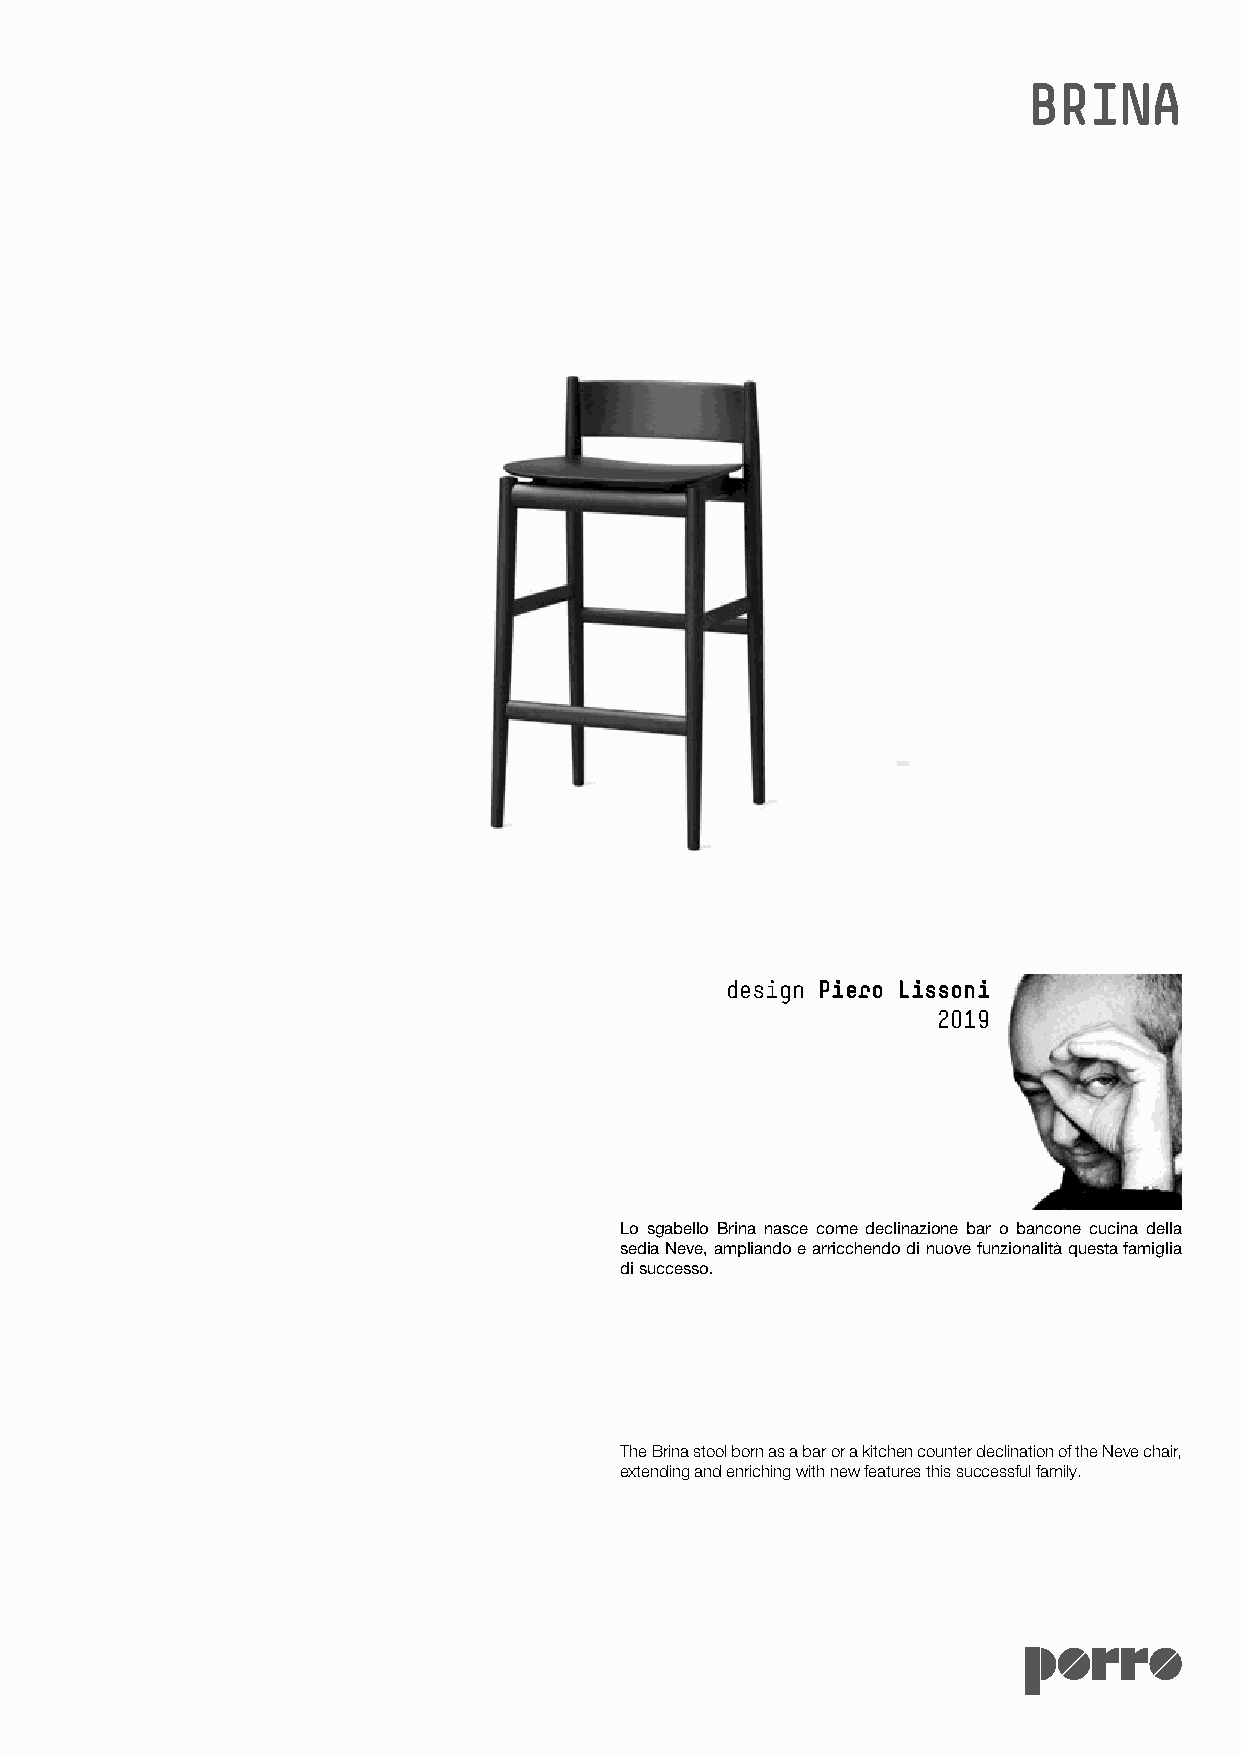
BRINA
 design Piero Lissoni
 2019
 Lo sgabello Brina nasce come declinazione bar o bancone cucina della
 sedia Neve, ampliando e arricchendo di nuove funzionalità questa famiglia
 di successo.
 The Brina stool born as a bar or a kitchen counter declination of the Neve chair,
 extending and enriching with new features this successful family.